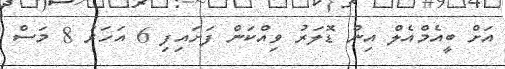
އަށް ބީއެމްއެލް އިން ޑޮލަރު ވިއްކަން ފަށައިފި 6 އަހަރު 8 މަސް